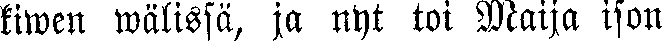
kiwen wälissä, ja nyt toi Maija ison